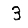
Digit: 3